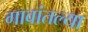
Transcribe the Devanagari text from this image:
गावांतल्या